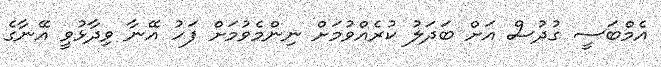
އެމްބަސީ ގުދުސް އަށް ބަދަލު ކުރެއްވުމަށް ނިންމެވުމަށް ފަހު އޭނާ ވިދާޅުވީ އޭނާގެ